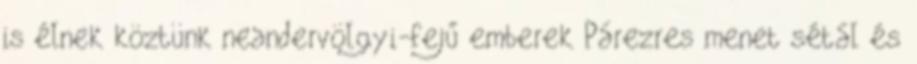
is élnek köztünk neandervölgyi-fejű emberek Párezres menet sétál és